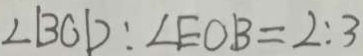
\angle B C D : \angle E O B = 2 : 3